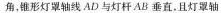
角，锥形灯罩轴线AD与灯杆AB垂直。且灯罩轴